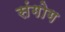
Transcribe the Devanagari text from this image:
संगोग